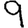
Digit: 9